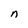
Character: n